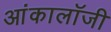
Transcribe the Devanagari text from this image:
आंकालॉजी